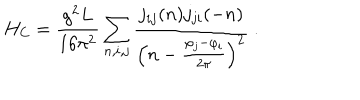
H _ { \mathrm { C } } = \frac { g ^ { 2 } L } { 1 6 \pi ^ { 2 } } \sum _ { n , i , j } \frac { j _ { i j } ( n ) j _ { j i } ( - n ) } { \left( n - \frac { \varphi _ { j } - \varphi _ { i } } { 2 \pi } \right) ^ { 2 } } \ .